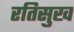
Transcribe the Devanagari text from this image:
रतिसुख